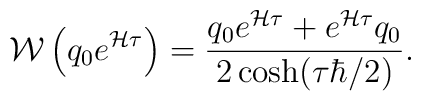
{\cal W}\left(q_0 e^{{\cal H}\tau}\right)={q_0 e^{{\cal H}\tau}+e^{{\cal H}\tau}q_0\over 2\cosh (\tau\hbar/2)}.